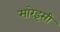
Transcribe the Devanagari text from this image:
सारेइसी